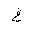
Letter: _gayn